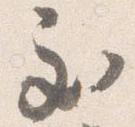
至